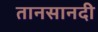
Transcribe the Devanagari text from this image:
तानसानदी